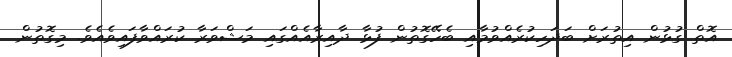
އޮތް ގުޅުން އިތުރަށް ބަދަހިކުރެއްވުމާއި ބެހޭގޮތުން ފުޅާ ދާއިރާއެއްގައި މަޝްވަރާ ކުރައްވާފައިވެއެވެ. މިގޮތުން